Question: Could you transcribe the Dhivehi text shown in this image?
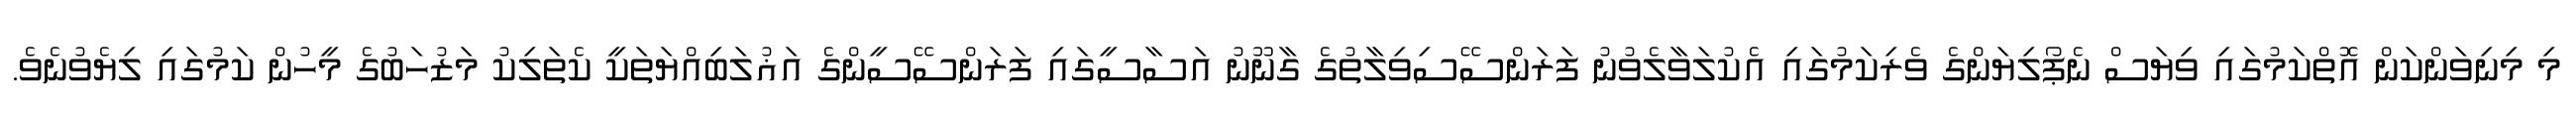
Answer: މި މިނިވަންކަން އޮތްކަމުގައި ވިޔަސް ނެޕޯލިޔަންގެ ވެރިކަމުގައި އެކުލަވާލެވުނު ފަރަންސޭސިވިލާތުގެ ގާނޫނު އަސާސީގައި ފަރަންސޭސީންގެ އަޣުލަބިއްޔަތަކީ ކެތަލިކު މަޒުހަބުގެ މީހުން ކަމުގައި ލިޔެވުނެވެ.